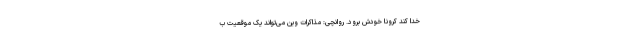
خدا کند کرونا خودش برود. روانچی: مذاکرات وین می‌تواند یک موقعیت ب